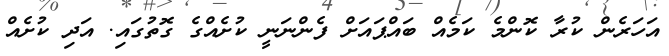
އަހަރެން ކުރާ ކޮންމެ ކަމެއް ބައްޕައަށް ފެންނަނީ ކުށެއްގެ ގޮތުގައި. އަދި ކުށެއް